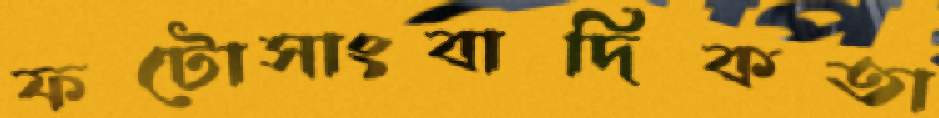
ফটোসাংবাদিকতা